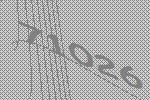
71026